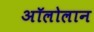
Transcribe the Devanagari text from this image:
अॉलोलान